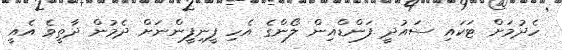
ހެދުމަށް ޓަކައި ސައުދީ ފަންޑްއިން ލޯންގެ އެހި ފީނިފީންނަށް ދެމުން ދާތީވެ އެއީ